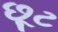
છૂટ